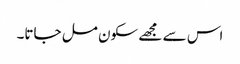
اس سے مجھے سکون مل جاتا۔